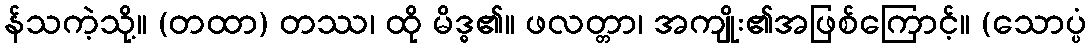
န်သကဲ့သို့။ (တထာ) တဿ၊ ထို မိဒ္ဓ၏။ ဖလတ္တာ၊ အကျိုး၏အဖြစ်ကြောင့်။ (သောပ္ပံ